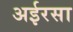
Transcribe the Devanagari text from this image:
अईरसा